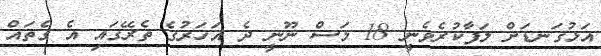
އަޅުގަނޑަށް ލަފާކުރެވެނީ 18 މަސް ނޫނީ ދެ އަހަރުގެ ތެރޭގައި އެ ގެތައް